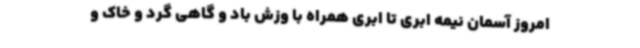
امروز آسمان نیمه ابری تا ابری همراه با وزش باد و گاهی گرد و خاک و